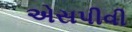
એસપીવી